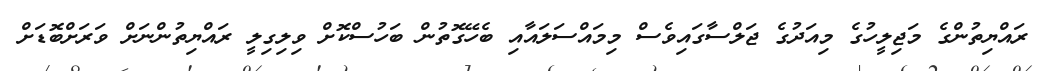
ރައްޔިތުންގެ މަޖިލީހުގެ މިއަދުގެ ޖަލްސާގައިވެސް މިމައްސަލައާއި ބެހޭގޮތުން ބަހުސްކޮށް ވިލިގިލީ ރައްޔިތުންނަށް ވަރަށްބޮޑަށް